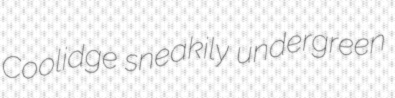
Coolidge sneakily undergreen